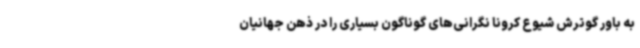
به باور گوترش شیوع کرونا نگرانی‌های گوناگون بسیاری را در ذهن جهانیان